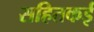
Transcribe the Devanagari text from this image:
सहितकई